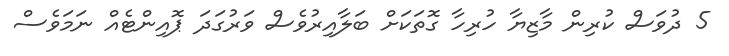
5 ދުވަަސް ކުރިން މާޒިޔާ ހުރިހާ ގޮތަކަށް ބަލާއިރުވެސް ވަރުގަދަ ޕޮއިންޓެއް ނަމަވެސް